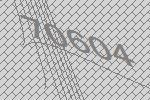
70604